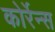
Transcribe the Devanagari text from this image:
कोर्रेन्स